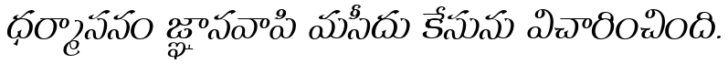
ధర్మాసనం జ్ఞానవాపి మసీదు కేసును విచారించింది.